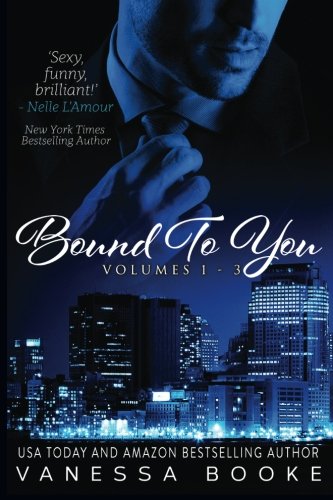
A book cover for Bound to You: The Complete Novel: Volumes 1-3 (Millionaire's Row); Vanessa Booke; Romance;